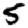
Digit: 5